Lunatic asylums Punjab 1881-1894 - 1881-1894
Year: 1881
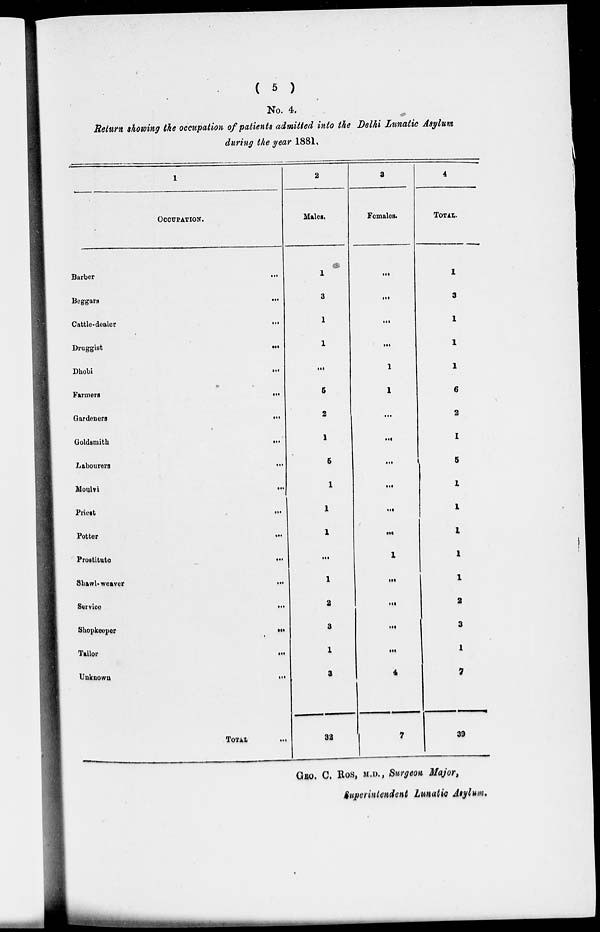
( 5 )
No. 4.
Return showing the occupation of patients admitted into the Delhi Lunatic Asylum
during the year 1881.
1
OCCUPATION.
Barber
...
Beggars
...
Cattle-dealer
...
Druggist
...
Dhobi
...
Farmers...
Gardeners...
Goldsmith
...
Labourers...
Moulvi
...
Priest
...
Potter
...
Prostitute
...
Shawl-weaver...
Service...
Shopkeeper
...
Tailor ...
Unknown
...
TOTAL ...
2
Males.
1
3
1
1
...
5
2
1
6
1
1
1
...
1
2
3
1
3
32
3
Females.
...
...
...
...
1
1
...
...
...
...
...
...
1
...
...
...
...
4
7
4
TOTAL.
1
3
1
1
1
6
2
1
5
1
1
1
1
1
2
3
1
7
39
GEO. C. Bos, M.D., Surgeon Major,
Superintendent Lunatic Asylum,